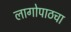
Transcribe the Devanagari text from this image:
लागोपाठचा